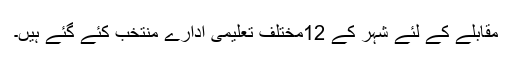
مقابلے کے لئے شہر کے 12مختلف تعلیمی ادارے منتخب کئے گئے ہیں۔